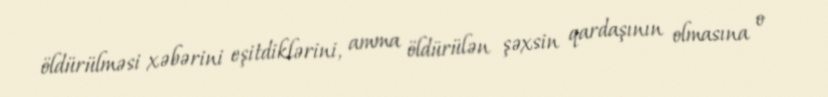
öldürülməsi xəbərini eşitdiklərini, amma öldürülən şəxsin qardaşının olmasına o